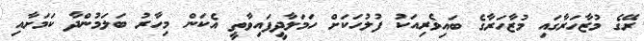
ރޭގެ މުޒާހަރާގައި މުޒާހަރާގެ ބައިވެރިއަކު ފުލުހަކަށް ހަމަލާދީފައިވާތީ އެކަން މިހާރު ބަލަމުންދާ ކަމަށާއި